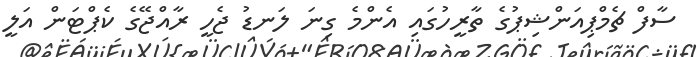
ސާފް ޗެމްޕިއަންޝިޕުގެ ތާރީހުގައި އެންމެ ގިނަ ލަނޑު ޖެހީ ރާއްޖޭގެ ކެޕްޓަން އަލީ